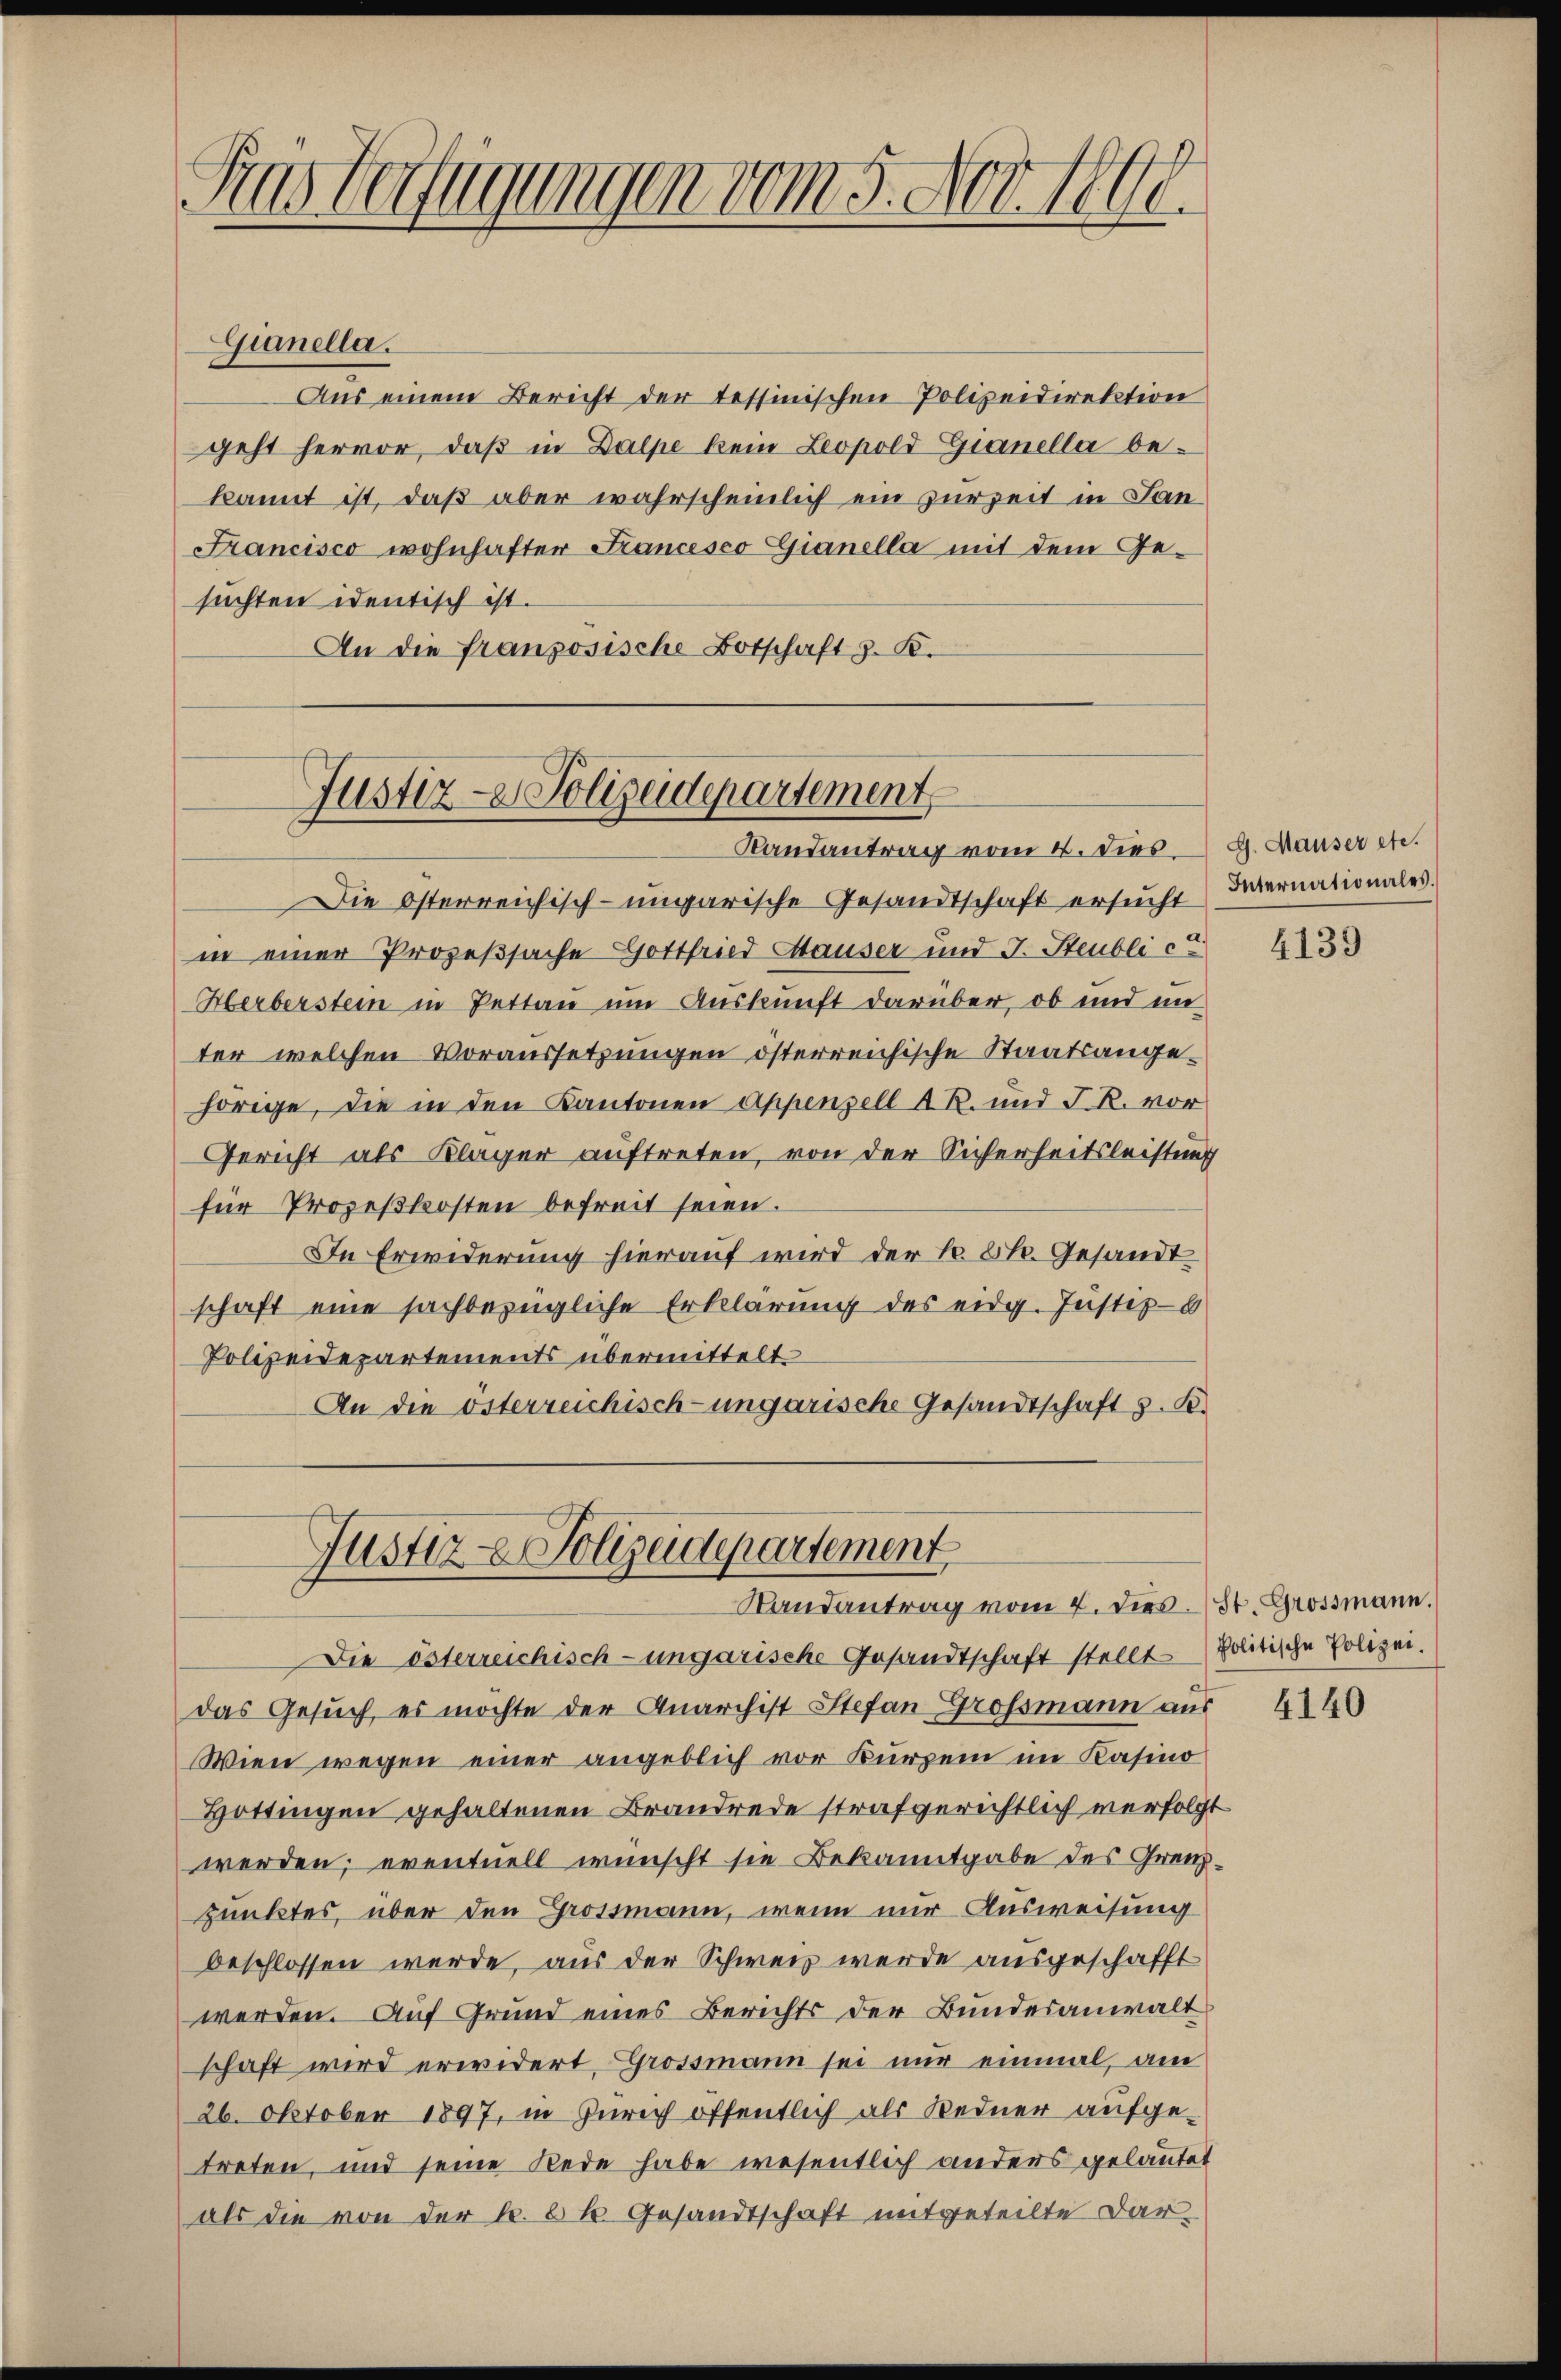
Aas beifügungen vom 5. Nov. 1890.

Ganella.

Aus einem Bericht der tessinischen Polizeidirektion
geht hervor, daß in Dalpe kein Leopold Gianella bekannt ist, daß aber wahrscheinlich ein zurzeit in Lan¬
Francisco wohnhafter Francesco Gianella mit dem Ge-
suchten identisch ist.
An die französische Botschaft z. B.
Die Osterreichisch-ungarische Gesandtschaft ersucht
in einer Prozeßsache Gottfried Hauser und J. Steublicu
Herberstein in Pettan um Auskunft darüber, ob und in
ter, welchen Voraussetzungen österreichische Staatsangehörige, die in den Kantonen Appenzell A. R. und J. R. vor
Gericht als Kläger auftreten, von der Sicherheitsleistung
für Prozeßkosten befreit seien.
In Erwiderung hierauf wird der k. k. Gesandt
schaft eine sachbezügliche Erklärung des eidg. Justiz-
Polizeidepartements übermittelt
An die österreichisch-ungarische Gesandtschaft s. K.
Justiz & Polizeidepartement
Randantrag vom 7. dies. St. Grossmann.
Die österreichisch-ungarische Gesandtschaft stellt. Politische Polizei.
das Gesuch, es möchte der Quarchist Stefan Grossmann aus
Wien wegen einer angeblich vor kurzem im Kasino
Hottingen gehaltenen Brandrede strafgerichtlich verfolgt
werden, eventuell wünscht sie Bekanntgabe des Grenzpunktes, über den Grossmann, wenn nur Ausweisung
beschlossen werde, aus der Schweiz werde ausgeschafft
werden. Auf Grund eines Berichts der Bundesanwalt
schaft wird erwidert, Grossmann sei nur einmal, am
26. Oktober 1897, in Zürich öffentlich als Redner aufgetreten, und seine Rede habe wesentlich anders gelautet
als die von der k. k. Gesandtschaft mitgeteilte Dar¬

Justiz- & Polizeidepartement
Randantrag vom 4. dies

G. Hauser etc.
Internationales.

4139

4140